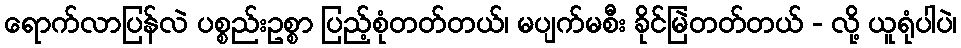
ရောက်လာပြန်လဲ ပစ္စည်းဥစ္စာ ပြည့်စုံတတ်တယ်၊ မပျက်မစီး ခိုင်မြဲတတ်တယ် - လို့ ယူရုံပါပဲ၊